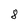
Character: 8